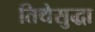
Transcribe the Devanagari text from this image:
तिथेसुद्धा